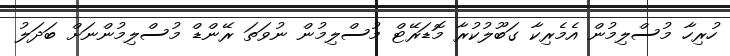
ހުރިހާ މުސްލިމުން އެމެރިކާ ގަބޫލުކުރާ މޮޑަރޭޓް މުސްލިމުން ނުވަތަ ރޭންޑް މުސްލިމުންނަށް ބަދަލު